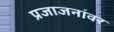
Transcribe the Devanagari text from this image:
प्रजाजनांवर